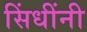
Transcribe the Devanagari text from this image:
सिंधींनी